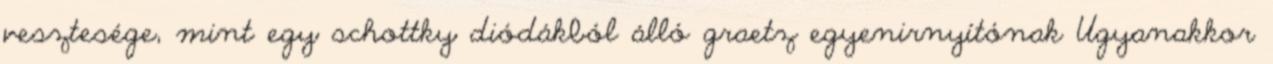
vesztesége, mint egy schottky diódákból álló graetz egyenirnyítónak Ugyanakkor